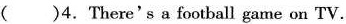
()4. There's a football game on TV.